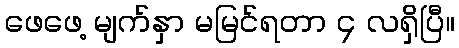
ဖေဖေ့ မျက်နှာ မမြင်ရတာ ၄ လရှိပြီ။